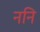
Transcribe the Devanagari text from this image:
ननि